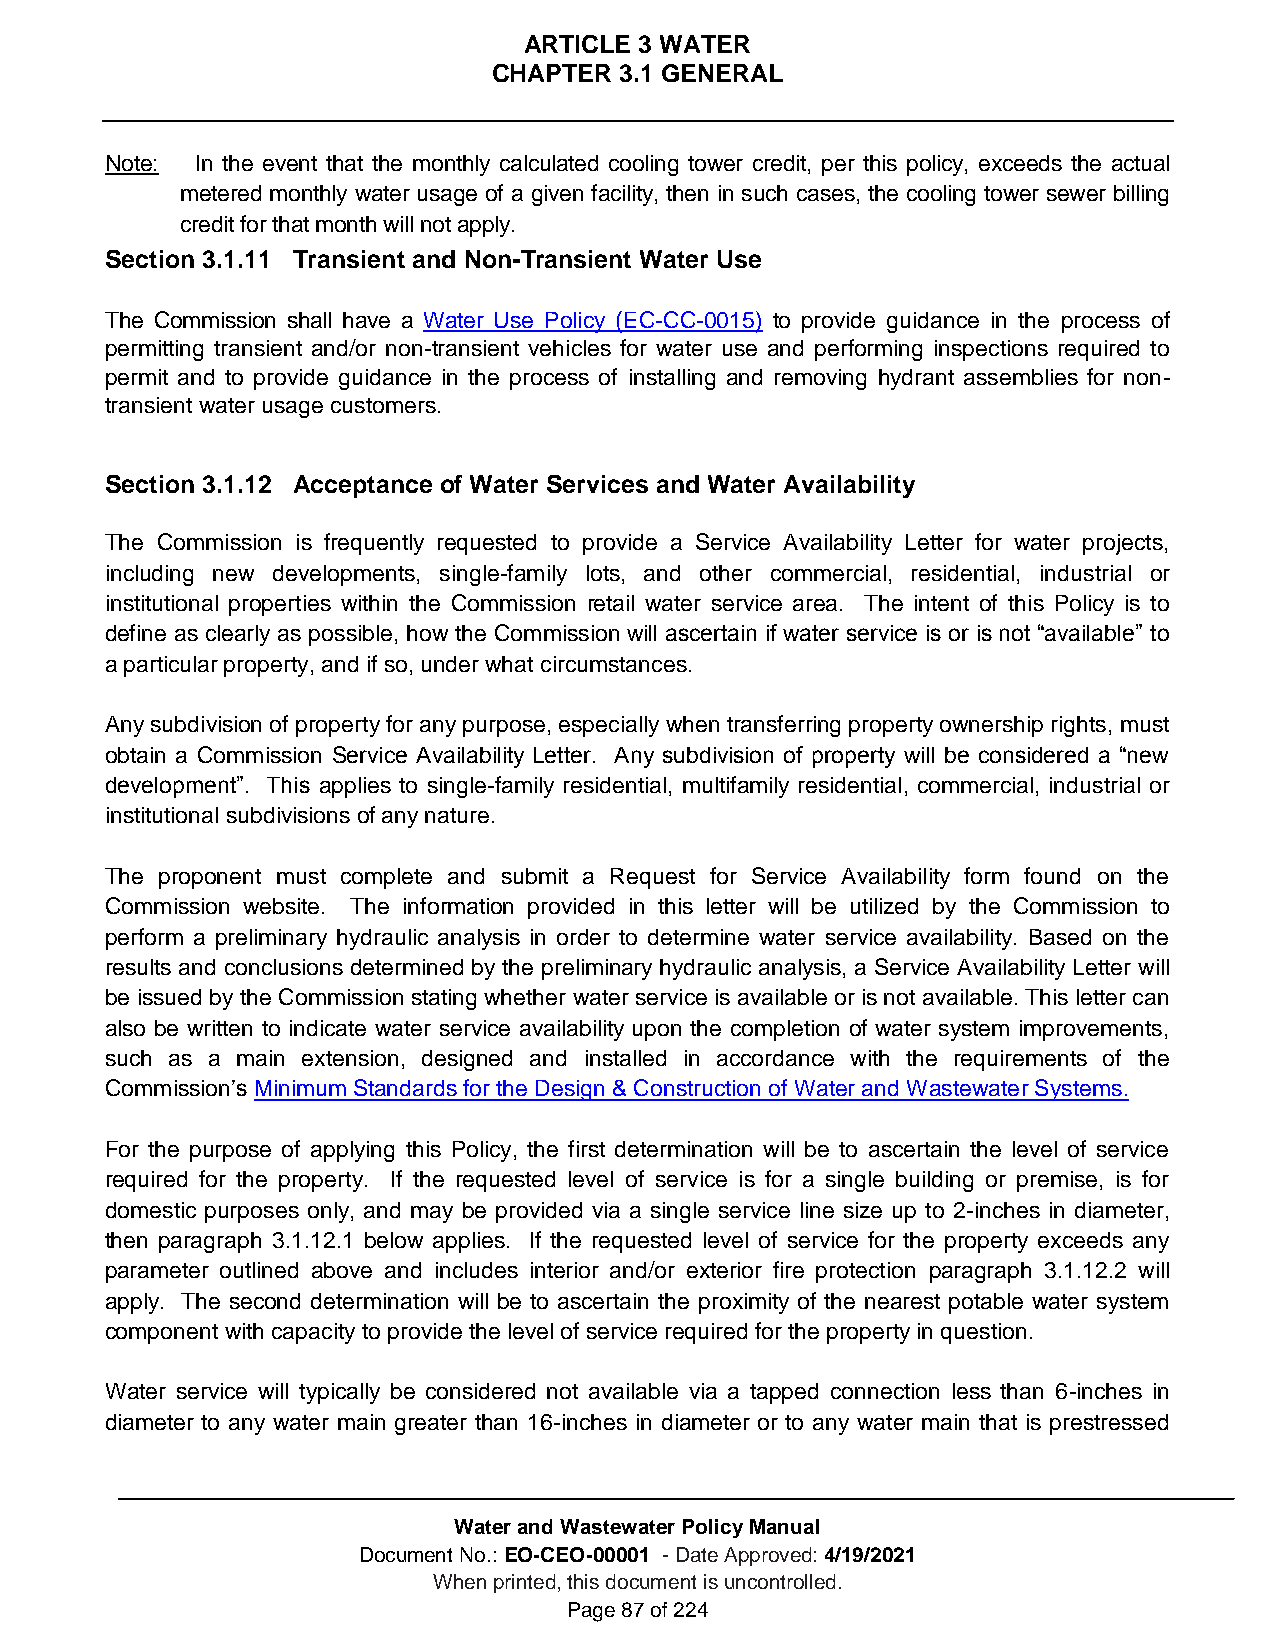
ARTICLE 3 WATER
 CHAPTER 3.1 GENERAL
 Note: In the event that the monthly calculated cooling tower credit, per this policy, exceeds the actual
 metered monthly water usage of a given facility, then in such cases, the cooling tower sewer billing
 credit for that month will not apply.
 Section 3.1.11 Transient and Non-Transient Water Use
 The Commission shall have a Water Use Policy (EC-CC-0015) to provide guidance in the process of
 permitting transient and/or non-transient vehicles for water use and performing inspections required to
 permit and to provide guidance in the process of installing and removing hydrant assemblies for non-
 transient water usage customers.
 Section 3.1.12 Acceptance of Water Services and Water Availability
 The Commission is frequently requested to provide a Service Availability Letter for water projects,
 including new developments, single-family lots, and other commercial, residential, industrial or
 institutional properties within the Commission retail water service area. The intent of this Policy is to
 define as clearly as possible, how the Commission will ascertain if water service is or is not “available” to
 a particular property, and if so, under what circumstances.
 Any subdivision of property for any purpose, especially when transferring property ownership rights, must
 obtain a Commission Service Availability Letter. Any subdivision of property will be considered a “new
 development”. This applies to single-family residential, multifamily residential, commercial, industrial or
 institutional subdivisions of any nature.
 The proponent must complete and submit a Request for Service Availability form found on the
 Commission website. The information provided in this letter will be utilized by the Commission to
 perform a preliminary hydraulic analysis in order to determine water service availability. Based on the
 results and conclusions determined by the preliminary hydraulic analysis, a Service Availability Letter will
 be issued by the Commission stating whether water service is available or is not available. This letter can
 also be written to indicate water service availability upon the completion of water system improvements,
 such as a main extension, designed and installed in accordance with the requirements of the
 Commission’s Minimum Standards for the Design & Construction of Water and Wastewater Systems.
 For the purpose of applying this Policy, the first determination will be to ascertain the level of service
 required for the property. If the requested level of service is for a single building or premise, is for
 domestic purposes only, and may be provided via a single service line size up to 2-inches in diameter,
 then paragraph 3.1.12.1 below applies. If the requested level of service for the property exceeds any
 parameter outlined above and includes interior and/or exterior fire protection paragraph 3.1.12.2 will
 apply. The second determination will be to ascertain the proximity of the nearest potable water system
 component with capacity to provide the level of service required for the property in question.
 Water service will typically be considered not available via a tapped connection less than 6-inches in
 diameter to any water main greater than 16-inches in diameter or to any water main that is prestressed
 Water and Wastewater Policy Manual
 Document No.: EO-CEO-00001 - Date Approved: 4/19/2021
 When printed, this document is uncontrolled.
 Page 87 of 224